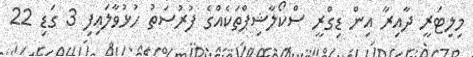
މިލިޓަރީ ދާއިރާ އިން ޑިގްރީ ސްކޯލާޝިޕްތަކެއްގެ ފުރުސަތު ހުޅުވާލައިފި 3 ގަޑި 22